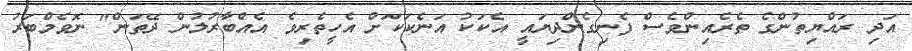
އަދި ރައްޔިތުންގެ ތެރެއިންވެސް ފެނިގެންދިޔައީ އެކަކު އަނެކަކަށް އެހީތެރިވެ އެއްބާރުލުން ދޭތަން" ނޮވެމްބަރު